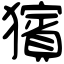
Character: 獱